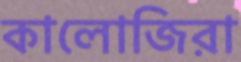
কালোজিরা